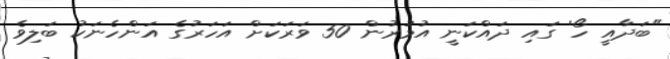
"ބަދާއީ ހޯ' ގައި ދައްކަނީ އުމުރުން 50 ވަރަކަށް އަހަރުގެ އަންހެނަކު ބަލިވެ